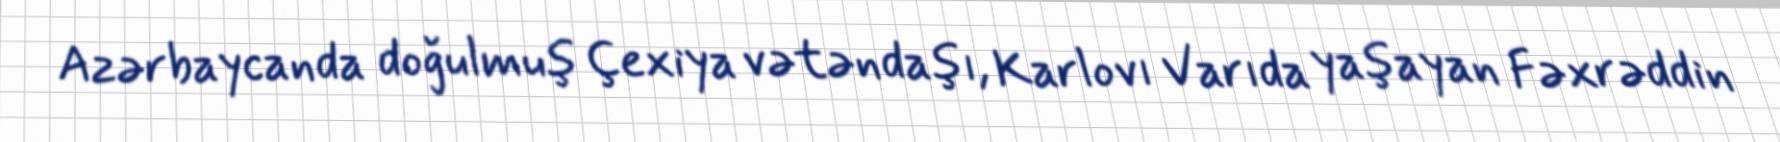
Azərbaycanda doğulmuş Çexiya vətəndaşı, Karlovı Varıda yaşayan Fəxrəddin